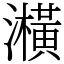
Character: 㶇